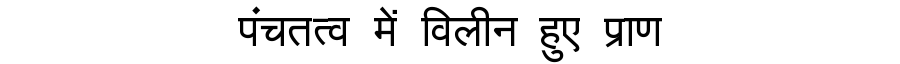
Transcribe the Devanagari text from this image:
पंचतत्व में विलीन हुए प्राण